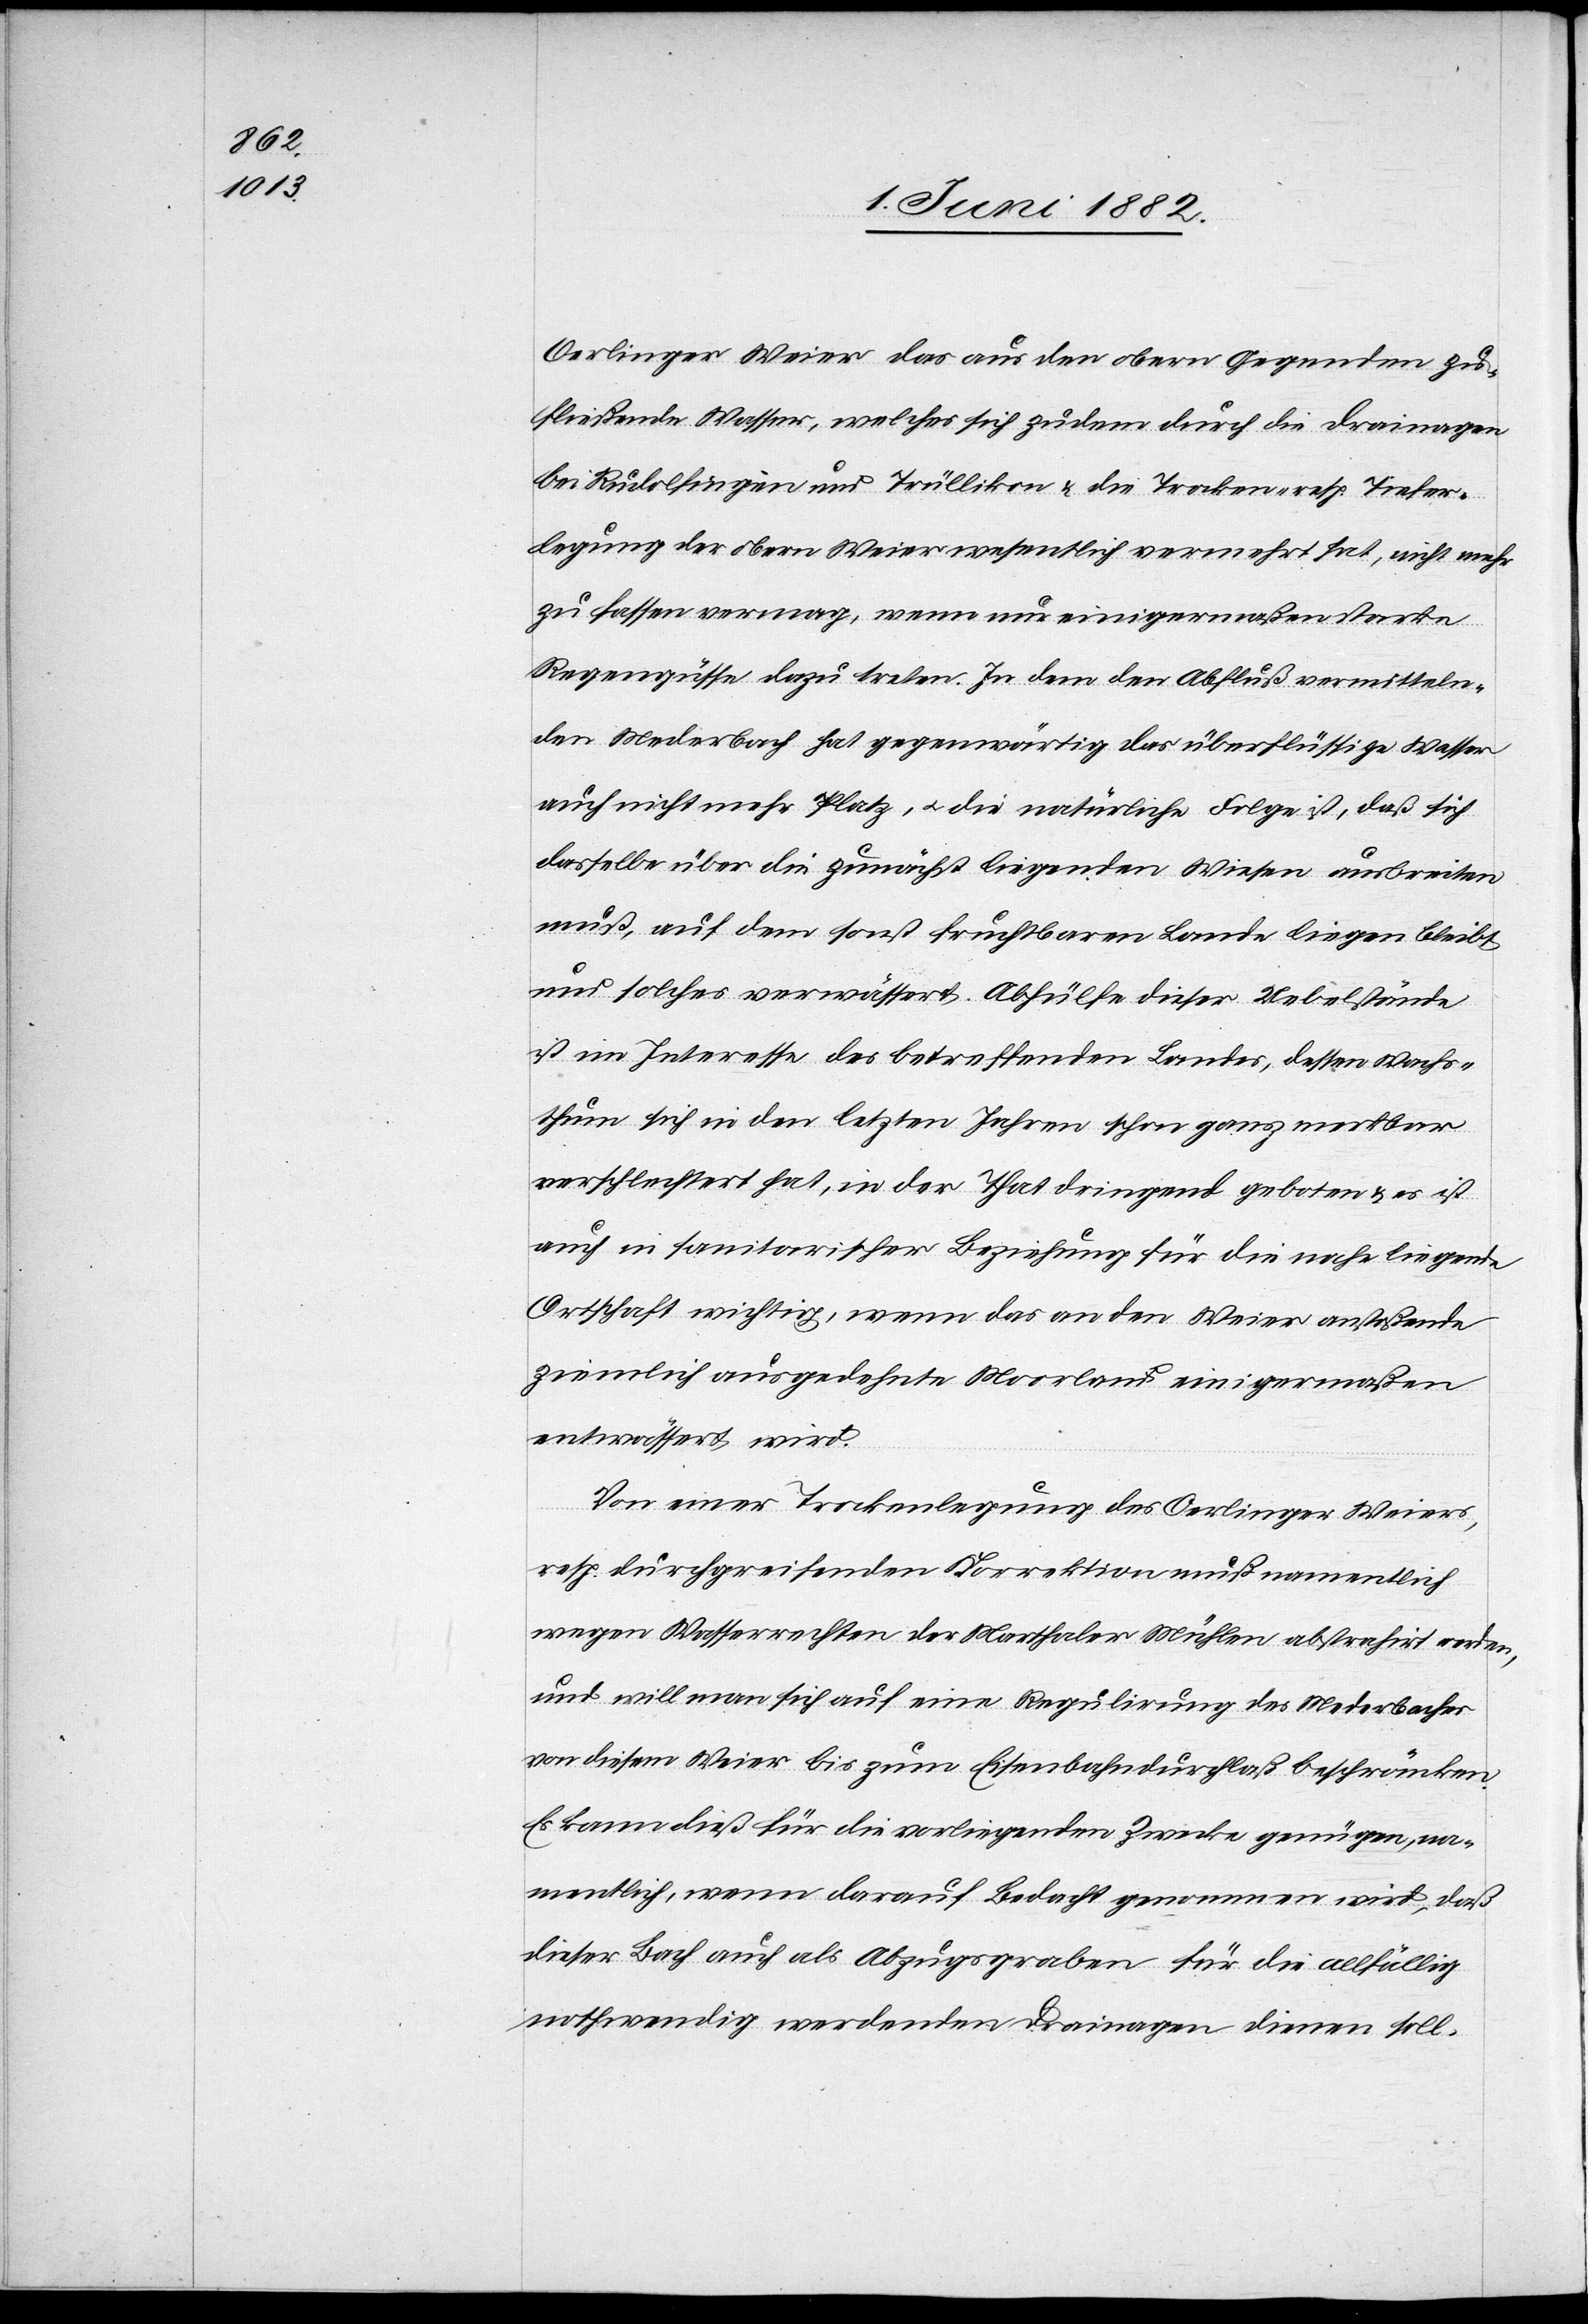
Oerlinger Weier das aus den obern Gegenden zu¬
fließende Wasser, welches sich zudem durch die Drainagen
bei Rudolfingen und Trüllikon & die Trocken- resp. Tiefer¬
legung der obern Weier wesentlich vermehrt hat, nicht mehr
zu fassen vermag, wenn nur einigermaßen starke
Regengüsse dazu treten. In dem den Abfluß vermitteln¬
den Mederbach hat gegenwärtig das überflüssige Wasser
auch nicht mehr Platz, u. die natürliche Folge ist, daß sich
dasselbe über die zunächst liegenden Wiesen ausbreiten
muß, auf dem sonst fruchtbaren Land liegen bleibt
und solches verwässert. Abhülfe dieser Uebelstände
ist im Interesse des betreffenden Landes, dessen Wachs¬
thum sich in den letzten Jahren schon ganz merkbar
verschlechtert hat, in der That dringend geboten & es ist
auch in sanitarischer Beziehung für die nahe liegende
Ortschaft wichtig, wenn das an den Weier anstoßende
ziemlich ausgedehnte Moorland einigermaßen
entwässert wird.
Von einer Trockenlegung des Oerlinger Weiers,
resp. durchgreifenden Korrektion muß namentlich
wegen Wasserrechten der Marthaler Mühlen abstrahirt werden,
und will man sich auf eine Regulirung des Mederbaches
von diesem Weier bis zum Eisenbahndurchlaß beschränken.
Es kann dieß für die vorliegenden Zwecke genügen, na¬
mentlich, wenn darauf Bedacht genommen wird, daß
dieser Bach auch als Abzugsgraben für die allfällig
nothwendig werdenden Drainagen dienen soll.